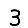
Digit: 3